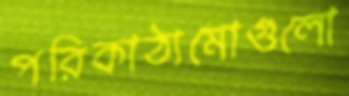
পরিকাঠামোগুলো